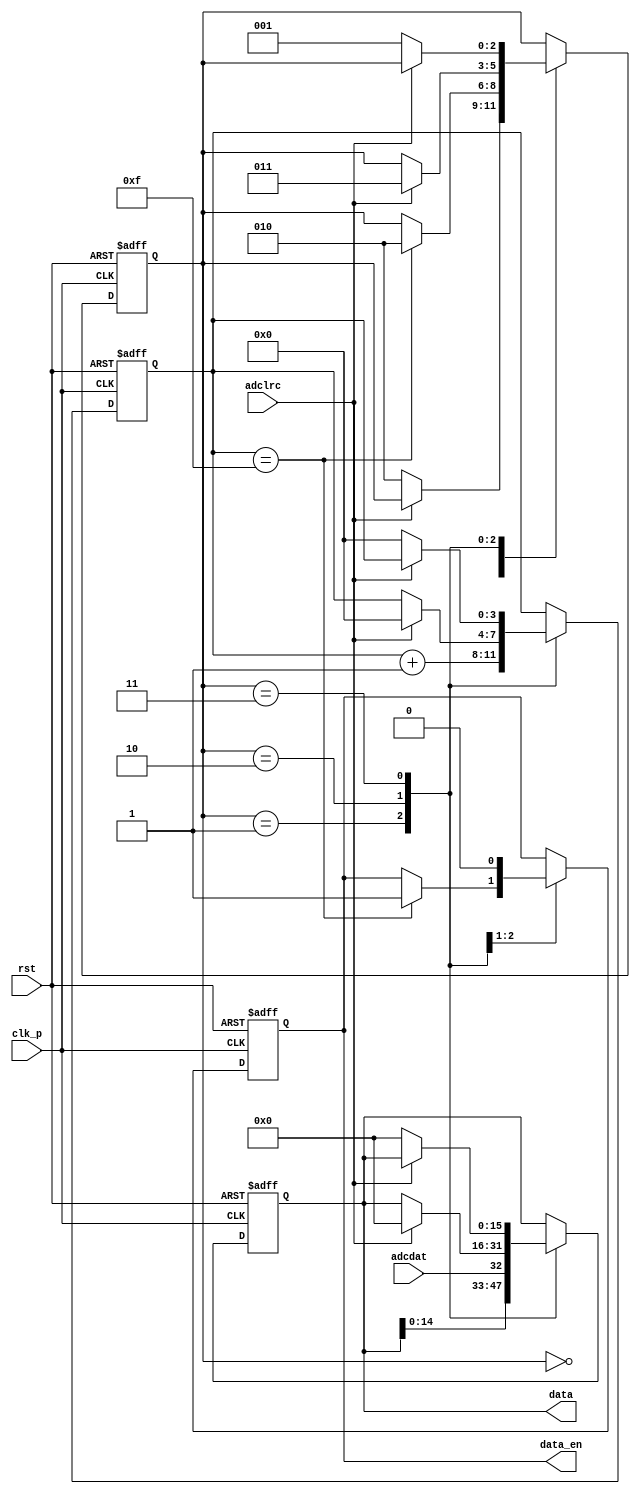
module i2s_read(
    clk_p,
    rst,
    adclrc,
    adcdat,
    data,
    data_en
);

input clk_p;
input rst;
input adclrc;
input adcdat;

output [15:0] data;
output data_en;

localparam [2:0]
    STATE_IDLE = 3'd0,
    STATE_LEFT = 3'd1,
    STATE_LEFT_WAIT = 3'd2,
    STATE_RIGHT_WAIT = 3'd3;

reg [2:0] state_r, state_w;
reg [3:0] counter_r, counter_w;
reg [15:0] buffer_r, buffer_w;
reg data_en_r, data_en_w;

assign data = buffer_r;
assign data_en = data_en_r;

always @(*) begin
    state_w = state_r;
    counter_w = counter_r;
    buffer_w = buffer_r;
    data_en_w = data_en_r;
    case (state_r)
        STATE_IDLE:
            if (adclrc == 1'b0) begin
                state_w = STATE_LEFT_WAIT;
            end
        STATE_LEFT: begin
            if (counter_r == 4'd15) begin
                data_en_w = 1'b1;
                state_w = STATE_LEFT_WAIT;
            end
            counter_w = counter_r + 1;
            buffer_w = {buffer_r[14:0], adcdat};
        end
        STATE_LEFT_WAIT: begin
            data_en_w = 1'b0;
            if (adclrc == 1'b1) begin
                state_w = STATE_RIGHT_WAIT;
                counter_w = 4'd0;
                buffer_w = 16'd0;
            end
        end
        STATE_RIGHT_WAIT: begin
            if (adclrc == 1'b0) begin
                state_w = STATE_LEFT;
                counter_w = 4'd0;
                buffer_w = 16'd0;
            end
        end
    endcase
end

always @(posedge clk_p or negedge rst) begin
    if (rst == 1'b0) begin
        state_r <= STATE_IDLE;
        counter_r <= 4'd0;
        buffer_r <= 16'd0;
        data_en_r <= 1'b0;
    end
    else begin
        state_r <= state_w;
        counter_r <= counter_w;
        buffer_r <= buffer_w;
        data_en_r <= data_en_w;
    end
end

endmodule